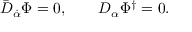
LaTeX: \bar { D } _ { \dot { \alpha } } \Phi = 0 , \qquad D _ { \alpha } \Phi ^ { \dagger } = 0 .